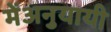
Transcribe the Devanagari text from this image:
मेंअनुयायी